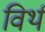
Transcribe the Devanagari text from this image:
विर्थ